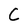
Character: C